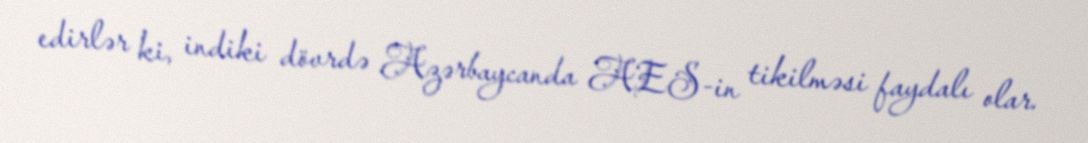
edirlər ki, indiki dövrdə Azərbaycanda AES-in tikilməsi faydalı olar.